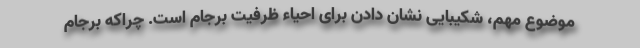
موضوع مهم، شکیبایی نشان دادن برای احیاء ظرفیت برجام است. چراکه برجام